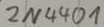
Text: 2N4401